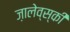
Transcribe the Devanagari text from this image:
ज़ालेव्स्की